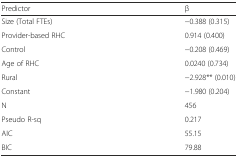
| Predictor | β |
 | --- | --- |
 | Size (Total FTEs) | −0.388 (0.315) |
 | Provider-based RHC | 0.914 (0.400) |
 | Control | −0.208 (0.469) |
 | Age of RHC | 0.0240 (0.734) |
 | Rural | −2.928** (0.010) |
 | Constant | −1.980 (0.204) |
 | N | 456 |
 | Pseudo R-sq | 0.217 |
 | AIC | 55.15 |
 | BIC | 79.88 |